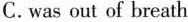
C.was out of breath